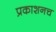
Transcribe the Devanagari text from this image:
प्रकाशनच